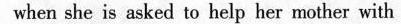
when she is asked to help her mother with